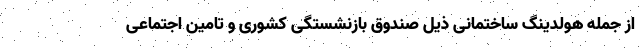
از جمله هولدینگ ساختمانی ذیل صندوق بازنشستگی کشوری و تامین اجتماعی